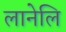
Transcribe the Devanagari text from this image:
लानेलि